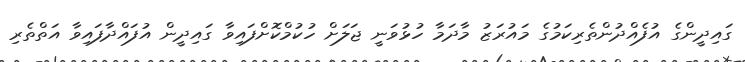
ގައިދީންގެ އުފެއްދުންތެރިކަމުގެ މައުރަޒު މާދަމާ ހުޅުވަނީ ޖަލަށް ހުކުމްކޮށްފައިވާ ގައިދީން އުފައްދާފައިވާ އަތްތެރި